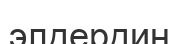
элдердин